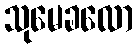
သုမေခလော